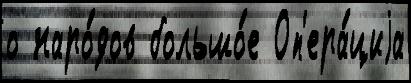
о наро́дов большо́е Оп'ера́циjа